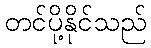
တင်ပို့နိုင်သည်